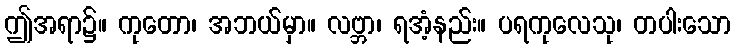
ဤအရာ၌။ ကုတော၊ အဘယ်မှာ။ လဗ္ဘာ၊ ရအံ့နည်း။ ပရကုလေသု၊ တပါးသော